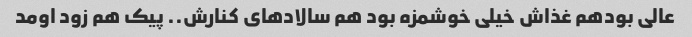
عالی بودهم غذاش خیلی خوشمزه بود هم سالاد‌های کنارش.. پیک هم زود اومد